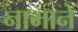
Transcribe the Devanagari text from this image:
नामानें